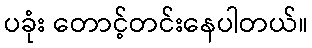
ပခုံး တောင့်တင်းနေပါတယ်။